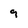
Character: 9